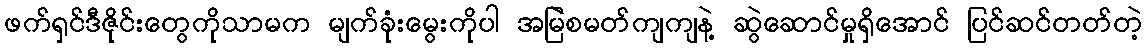
ဖက်ရှင်ဒီဇိုင်းတွေကိုသာမက မျက်ခုံးမွေးကိုပါ အမြဲစမတ်ကျကျနဲ့ ဆွဲဆောင်မှုရှိအောင် ပြင်ဆင်တတ်တဲ့